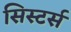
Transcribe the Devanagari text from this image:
सिस्टर्स